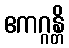
ဧကဂ္ဂန္တိ